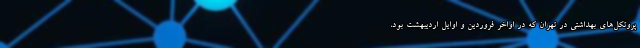
پروتکل‌های بهداشتی در تهران که در اواخر فروردین و اوایل اردیبهشت بود،